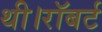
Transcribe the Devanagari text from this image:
थी।रॉबर्ट